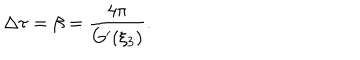
\Delta \tau = \beta = \frac { 4 \pi } { G ^ { \prime } ( \xi _ { 3 } ) } .